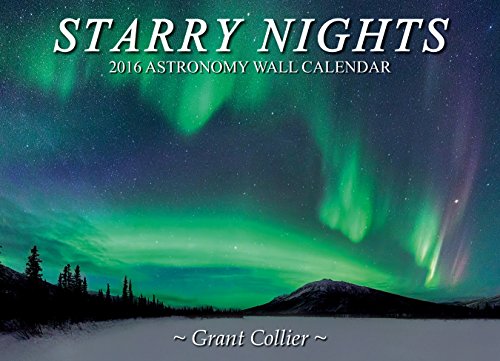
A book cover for Starry Nights 2016 Astronomy Wall Calendar; Grant Collier; Calendars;